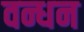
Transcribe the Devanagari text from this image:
वन्धन